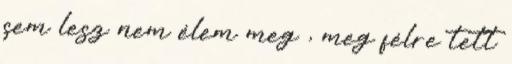
sem lesz nem élem meg , meg félre tett